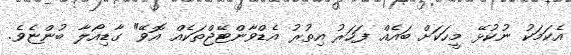
އެކަމަކު ނުކުޅޭ މީހަކަށް ބައެއް ފަހަރު އިތުރު އެޑްވާންޓޭޖްތަކެއް އޮވޭ" ގާޑިއޯލާ ބުންޏެވެ.